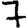
Digit: 7